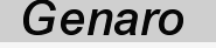
Genaro